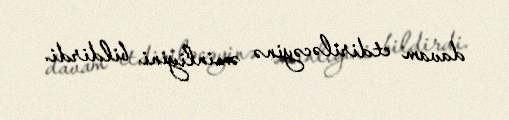
davam etdiriləcəyinə əminliyini bildirdi.